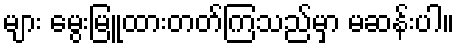
များ မွေးမြူထားတတ်ကြသည်မှာ မဆန်းပါ။